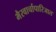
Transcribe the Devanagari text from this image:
भैरवार्चापारिजात